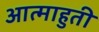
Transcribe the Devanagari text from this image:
आत्माहुती